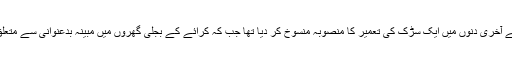
اسلام آباد ہائی کورٹ نے حال ہی میں پرویز اشرف کے دور اقتدار کے آخری دنوں میں ایک سڑک کی تعمیر کا منصوبہ منسوخ کر دیا تھا جب کہ کرائے کے بجلی گھروں میں مبینہ بدعنوانی سے متعلق قومی احتساب بیورو میں جاری تحقیقات میں بھی وہ نامزد ملزم ہیں۔